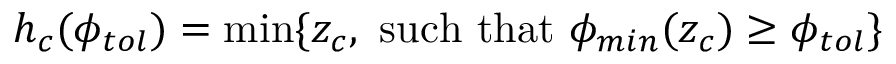
\centering \displaystyle h _ { c } ( \phi _ { t o l } ) = \operatorname* { m i n } \{ z _ { c } \mathrm { , \ s u c h \ t h a t \ } \phi _ { m i n } ( z _ { c } ) \geq \phi _ { t o l } \}